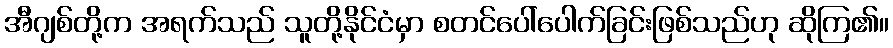
အီဂျစ်တို့က အရက်သည် သူတို့နိုင်ငံမှာ စတင်ပေါ်ပေါက်ခြင်းဖြစ်သည်ဟု ဆိုကြ၏။